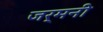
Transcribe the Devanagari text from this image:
जर्मनी